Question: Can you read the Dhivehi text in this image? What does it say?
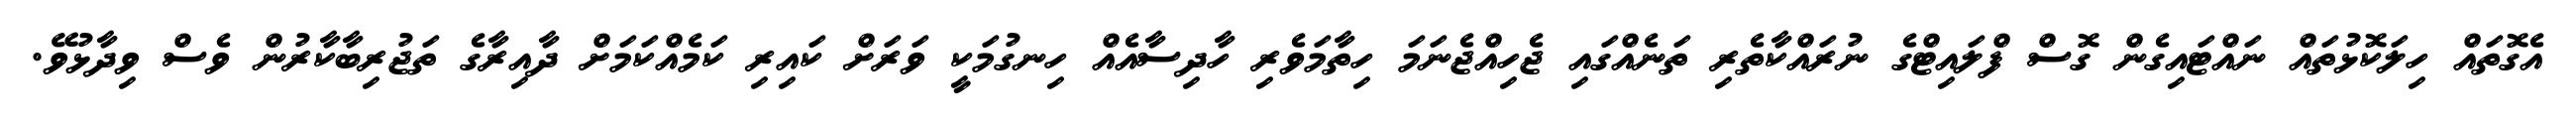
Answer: އެގޮތައް ހިލަކޮޅުތައް ނައްޓައިގެން ގޮސް ފްލައިޓްގެ ނުރައްކާތެރި ތަނެއްގައި ޖެހިއްޖެނަމަ ހިތާމަވެރި ހާދިސާއެއް ހިނގުމަކީ ވަރަށް ކައިރި ކަމެއްކަމަށް ދާއިރާގެ ތަޖުރިބާކާރުން ވެސް ވިދާޅުވޭ.